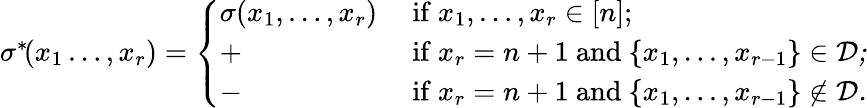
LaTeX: \begin{array}{r}{\sigma^{\ast}\! (x_{1}\ldots,x_{r})=\left\{ \begin{array}{ll}{\sigma(x_{1},\ldots,x_{r})}&{\mathrm{~if~}x_{1},\ldots,x_{r}\in[n];}\\ {+}&{\mathrm{~if~}x_{r}=n+1\mathrm{~and~}\{ x_{1},\ldots,x_{r-1}\} \in\cal{D};}\\ {-}&{\mathrm{~if~}x_{r}=n+1\mathrm{~and~}\{ x_{1},\ldots,x_{r-1}\} \not\in\cal{D}.}\end{array}\right.}\end{array}